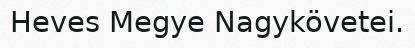
Heves Megye Nagykövetei.